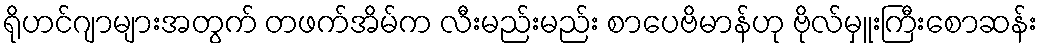
ရိုဟင်ဂျာများအတွက် တဖက်အိမ်က လီးမည်းမည်း စာပေဗိမာန်ဟု ဗိုလ်မှူးကြီးစောဆန်း